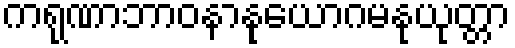
ကရုဏာဘာဝနာနုယောဂမနုယုတ္တာ